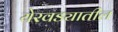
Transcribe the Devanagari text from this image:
येरवड्यातील